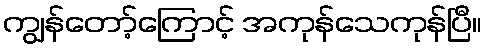
ကျွန်တော့်ကြောင့် အကုန်သေကုန်ပြီ။